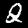
Label: 2